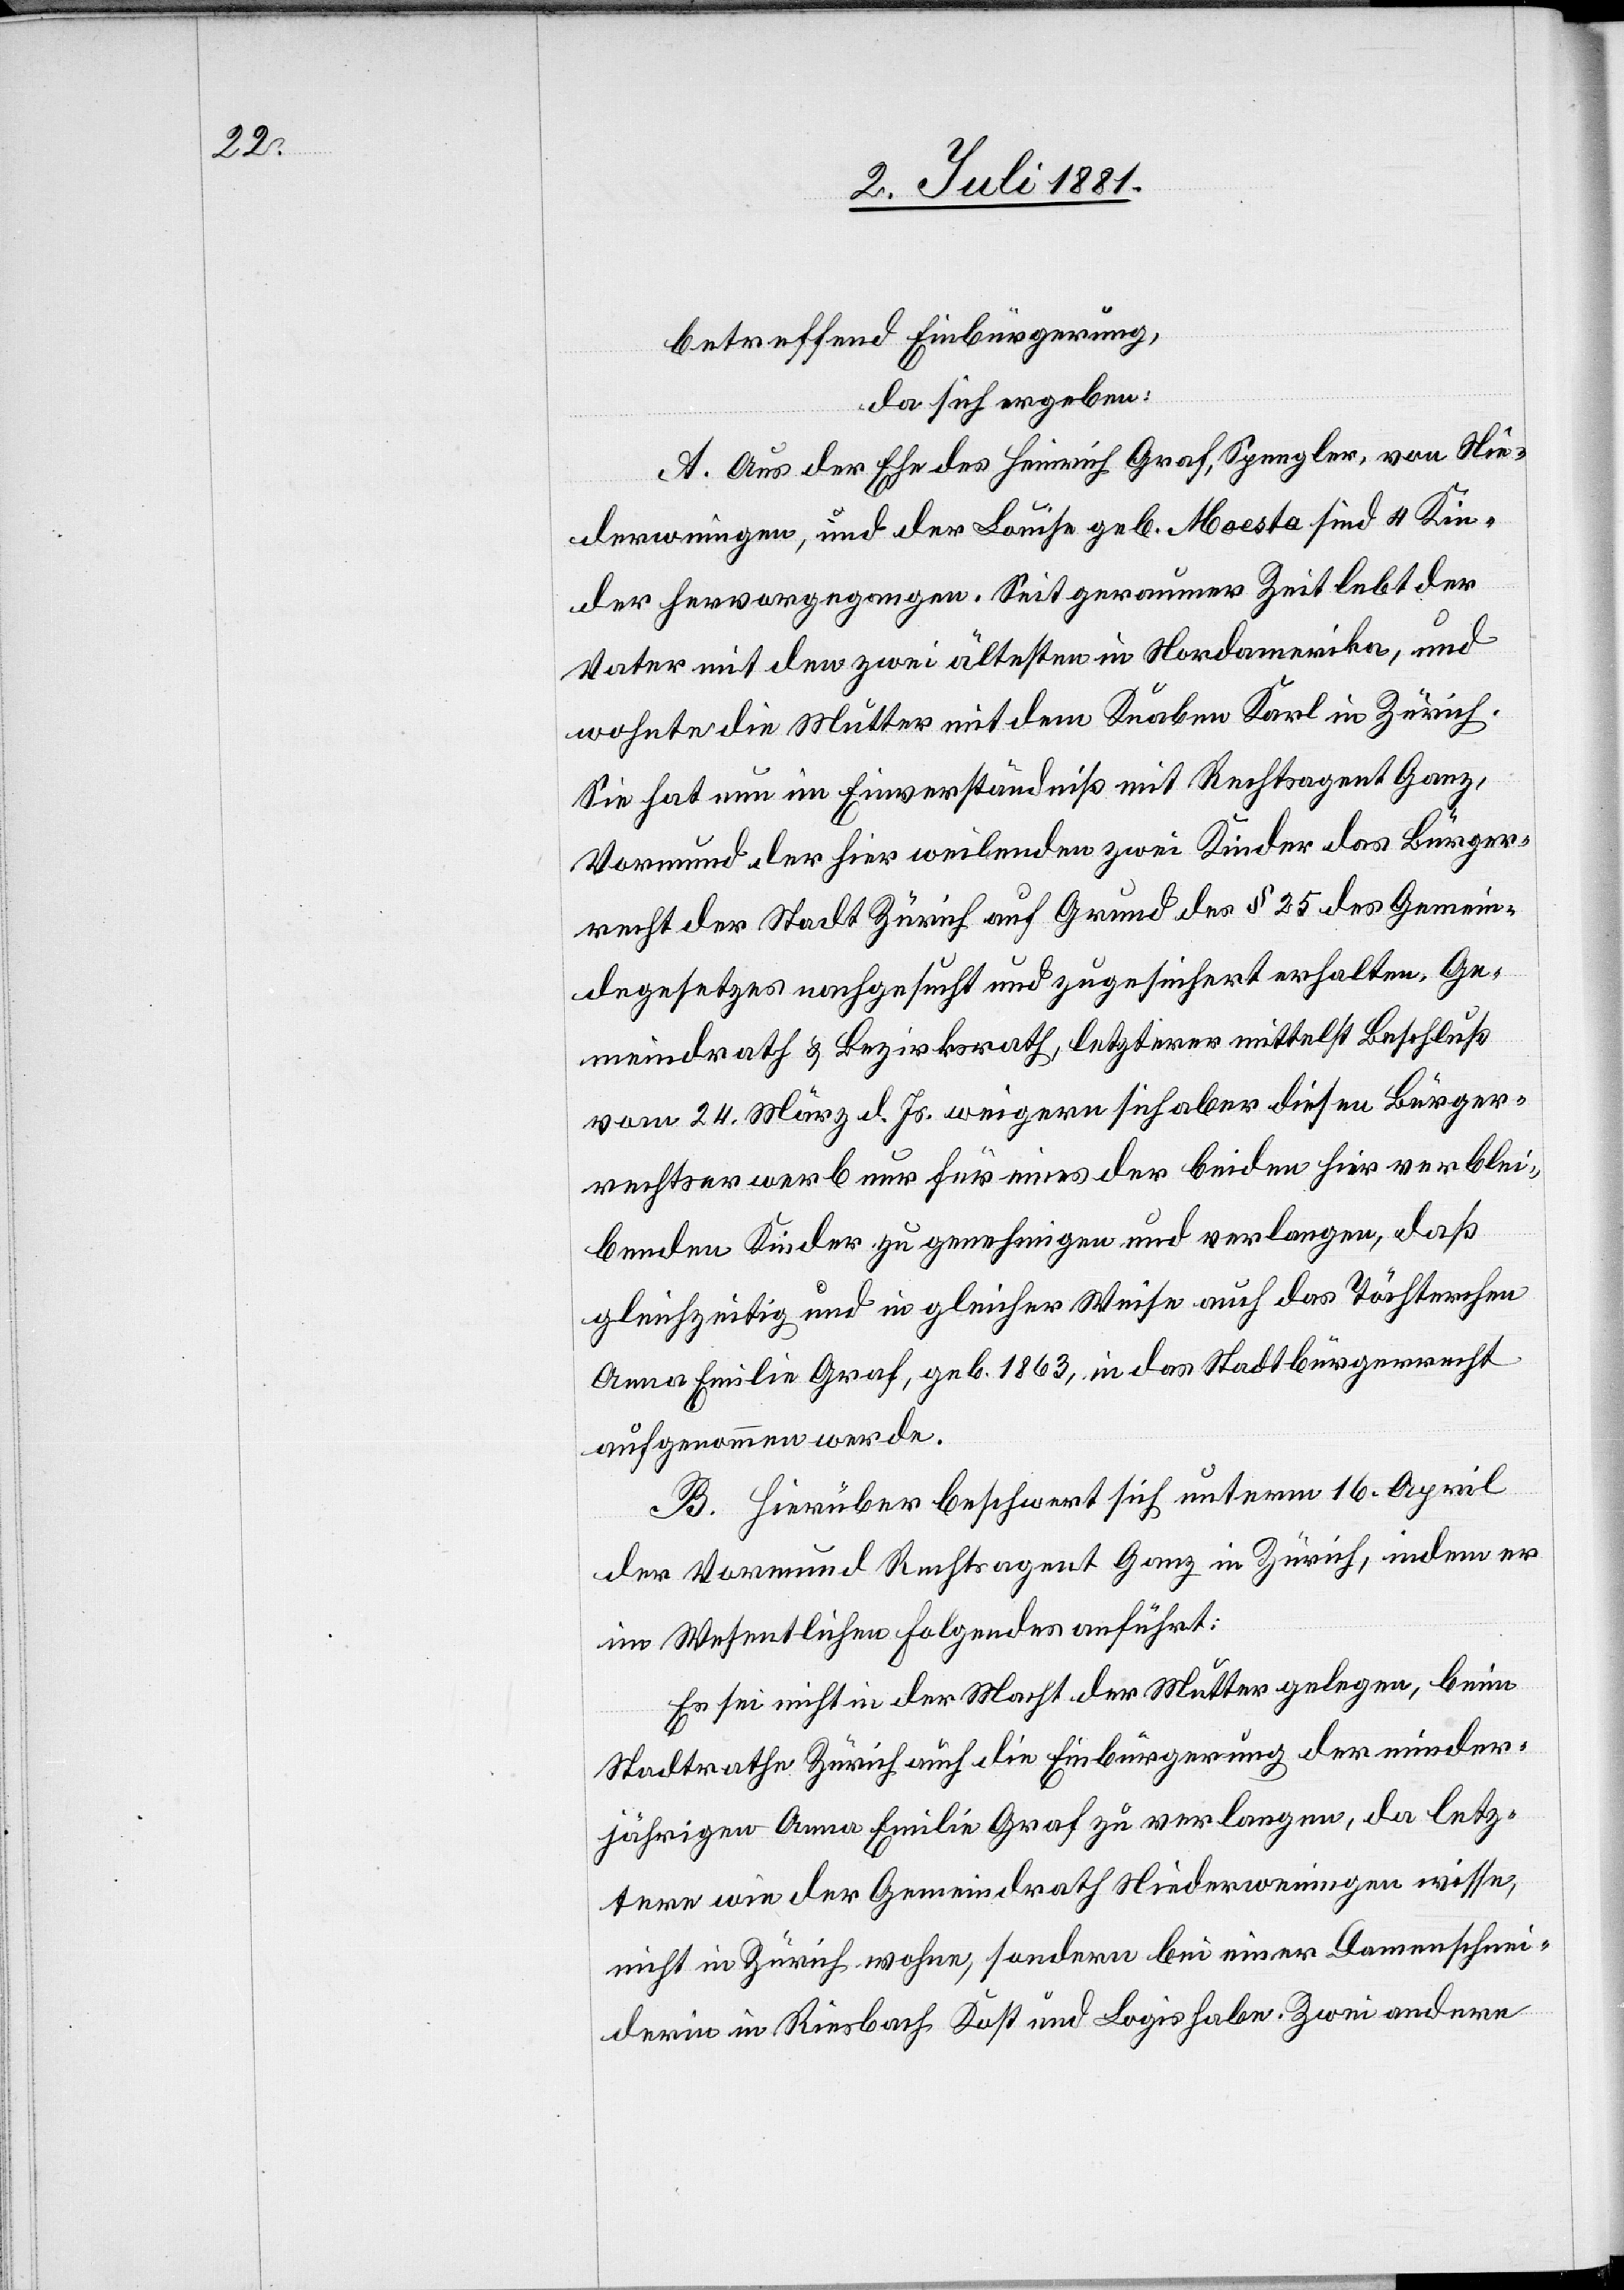
betreffend Einbürgerung,
da sich ergeben:
A. Aus der Ehe des Heinrich Graf, Spengler, von Nie¬
derweningen, und der Louise geb. Moesta sind 4 Kin¬
der hervorgegangen. Seit geraumer Zeit lebt der
Vater mit den zwei ältesten in Nordamerika, und
wohnte die Mutter mit dem Knaben Karl in Zürich.
Sie hat nun im Einverständniß mit Rechtsagent Ganz,
Vormund der hier weilenden zwei Kinder das Bürger¬
recht der Stadt Zürich auf Grund des § 25 des Gemein¬
degesetzes nachgesucht und zugesichert erhalten. Ge¬
meindrath & Bezirksrath, letzterer mittelst Beschluß
vom 24. März d. Js. weigern sich aber diesen Bürger¬
rechtserwerb nur für eines der beiden hier verblei¬
benden Kinder zu genehmigen und verlangen, daß
gleichzeitig und in gleicher Weise auf das Töchterchen
Anna Emilie Graf, geb. 1863, in das Stadtbürgerrecht
aufgenommen werde.
B. Hierüber beschwert sich unterm 16. April
der Vormund Rechtsagent Ganz in Zürich, indem er
im Wesentlichen Folgendes anführt:
Es sei nicht in der Macht der Mutter gelegen, beim
Stadtrathe Zürich auch die Einbürgerung der minder¬
jährigen Anna Emilie Graf zu verlangen, da letz¬
tere wie der Gemeindrath Niederweningen wisse,
nicht in Zürich wohne, sondern bei einer Damenschnei¬
derin in Riesbach Kost und Logis habe. Zwei andere